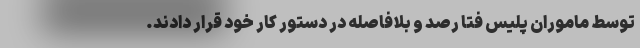
توسط ماموران پلیس فتا رصد و بلافاصله در دستور کار خود قرار دادند.